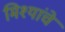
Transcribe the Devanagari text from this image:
मिश्यांचे